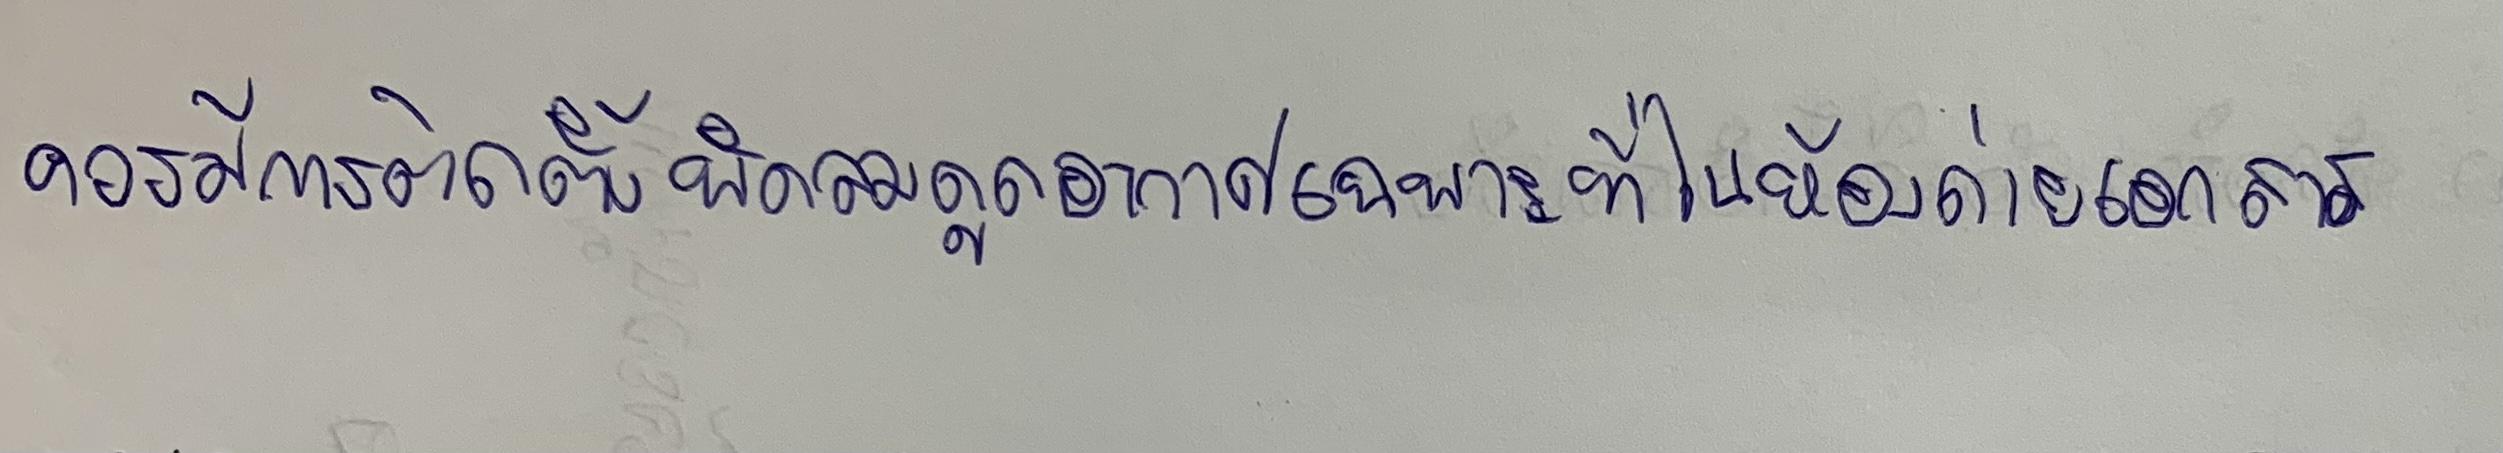
ควรมีการติดตั้งพัดลมดูดอากาศเฉพาะที่ในห้องถ่ายเอกสาร